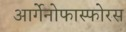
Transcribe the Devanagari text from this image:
आर्गेनोफास्फोरस